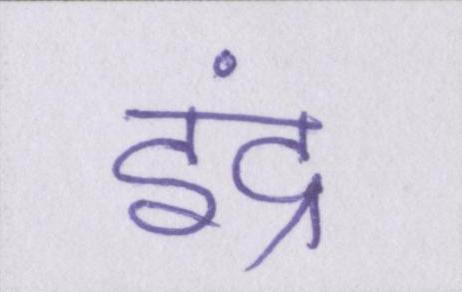
इंद्र